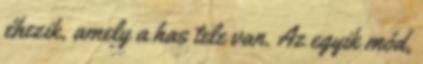
éhezik, amely a has tele van. Az egyik mód,